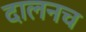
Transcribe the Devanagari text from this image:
दालनच